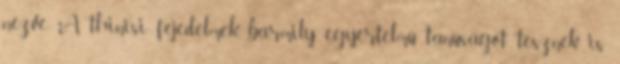
nézve. A thinisi fejedelmek, bármily egyértelmű tanúságot tesznek is